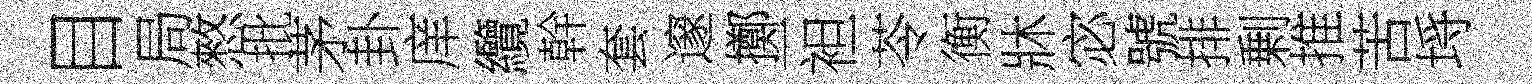
目局憗批茅卦庠纜幹套邃擲一袒苓衡牀宓號排剰推苦埓